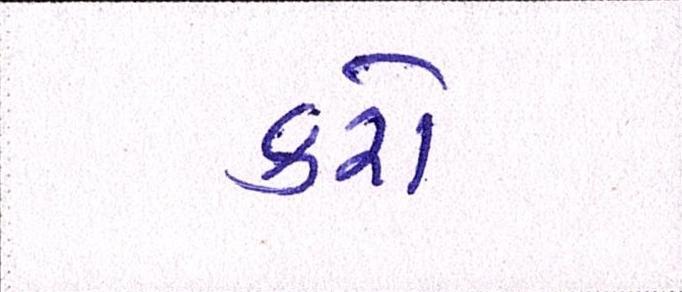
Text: કરો